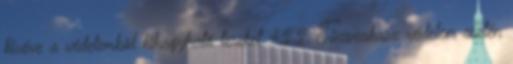
kivéve a védelembõl kihagyható tereket 4.2.2. Tûzszakasz védelem esetén